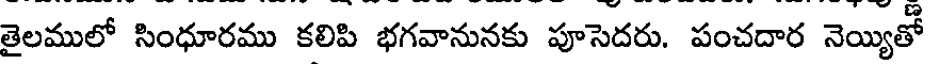
తైలములో సింధూరము కలిపి భగవానునకు పూసెదరు. పంచదార నెయ్యితో